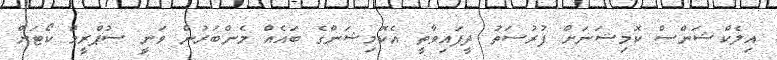
އިލެކްޝަންސް ކޮމިޝަނަށް ފުރުސަތު ދީފައިވާތީ އެކޮމިޝަންގެ ބައެއް މެންބަރުން ވަނީ ސުޕްރީމް ކޯޓަށް